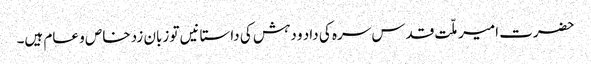
حضرت امیر ملّت قدس سرہ کی داد و دہش کی داستانیں تو زبان زد خاص و عام ہیں۔